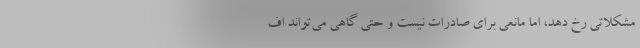
مشکلاتی رخ دهد، اما مانعی برای صادرات نیست و حتی گاهی می‌تواند اف